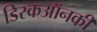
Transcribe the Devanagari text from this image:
डिस्कऑनकी